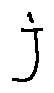
j